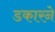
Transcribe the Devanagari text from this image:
डकारने